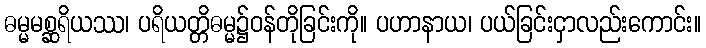
ဓမ္မမစ္ဆရိယဿ၊ ပရိယတ္တိဓမ္မ၌ဝန်တိုခြင်းကို။ ပဟာနာယ၊ ပယ်ခြင်းငှာလည်းကောင်း။